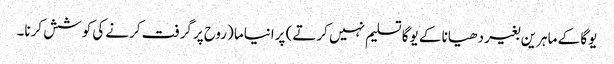
یوگا کے ماہرین بغیر دھیانا کے یوگا تسلیم نہیں کرتے) پرانیاما (روح پر گرفت کرنے کی کوشش کرنا۔